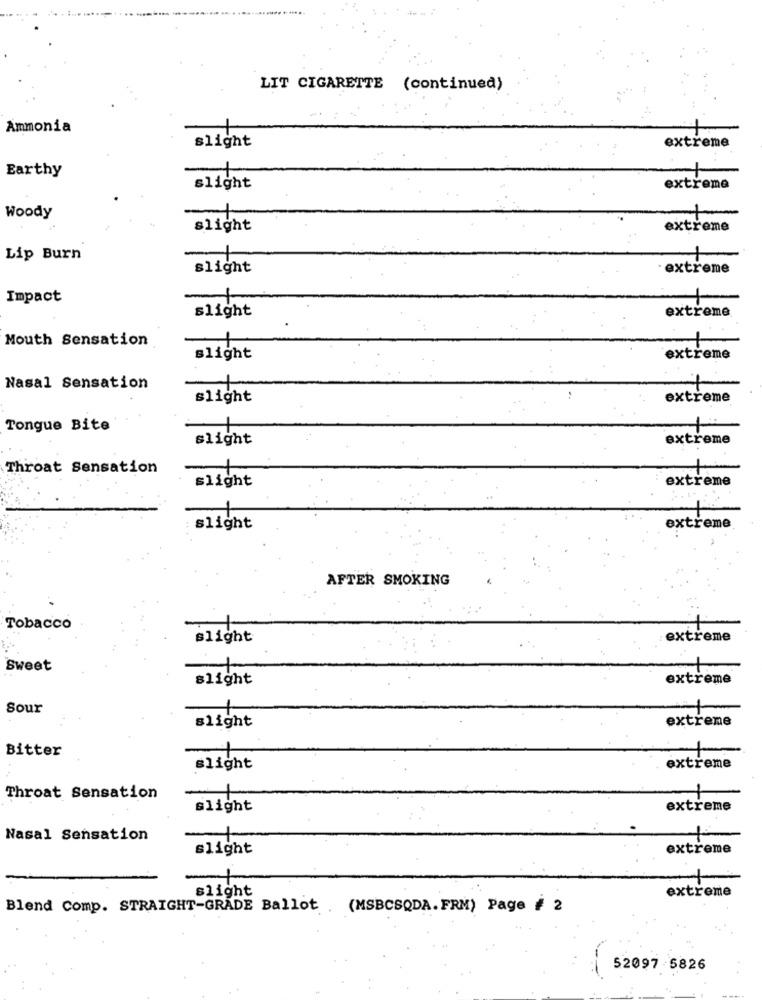
LIT CIGARETTE (continued)
Ammonia
1
slight
extreme
Earthy
slight
extreme
Woody
slight
extreme
Lip Burn
slight
extreme
Impact
-
slight
extreme
Mouth Sensation
-1
slight
extreme
Nasal Sensation
slight
extreme
Tongue Bite
1
slight
extreme
Throat Sensation
-
+
slight
extreme
1
slight
extreme
AFTER SMOKING
Tobacco
slight
extreme
Sweet
slight
extreme
Sour
slight
extreme
Bitter
-
slight
extreme
1
Throat Sensation
slight
extreme
Nasal Sensation
slight
extreme
slight
extreme
Blend Comp. STRAIGHT-GRADE Ballot.
(MSBCSQDA. FRM) Page # 2
52097 5826